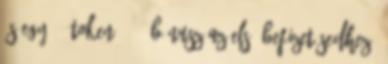
és egy €5 token 200% bónusz az első befizetésedhez,